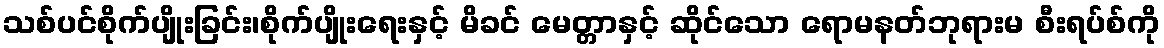
သစ်ပင်စိုက်ပျိုးခြင်း၊စိုက်ပျိုးရေးနှင့် မိခင် မေတ္တာနှင့် ဆိုင်သော ရောမနတ်ဘုရားမ စီးရပ်စ်ကို